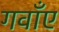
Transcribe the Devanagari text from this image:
गवाँए